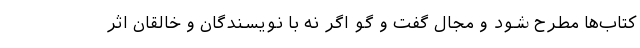
کتاب‌ها مطرح شود و مجال گفت و گو اگر نه با نویسندگان و خالقان اثر